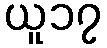
ယူ၁၇